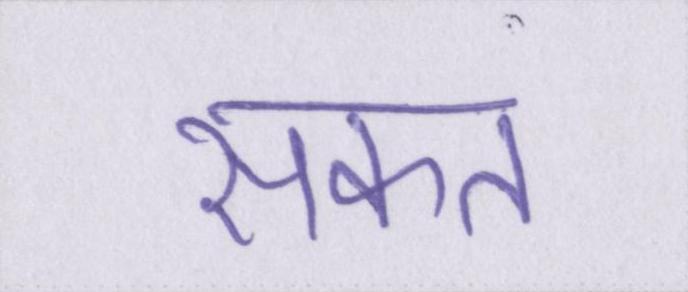
सकत